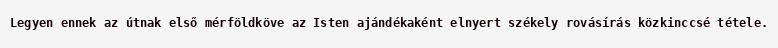
Legyen ennek az útnak első mérföldköve az Isten ajándékaként elnyert székely rovásírás közkinccsé tétele.